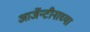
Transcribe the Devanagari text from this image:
आर्जेन्टीनाच्या